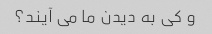
و کی به دیدن ما می آیند؟